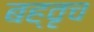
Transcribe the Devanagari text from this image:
बह्वृच